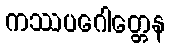
ကဿပဂေါတ္တေန